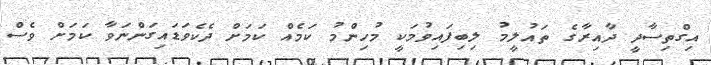
އިގްތިސާދީ ދާއިރާގެ ތައުލީމު ލިބިފައިވުމަކީ މުހިންމު ކަމެއް ކަމަށް ދެކެވަޑައިގަންނަވާ ކަމަށް ވެސް